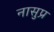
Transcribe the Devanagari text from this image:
नासुप्र